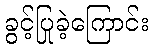
ခွင့်ပြုခဲ့ကြောင်း